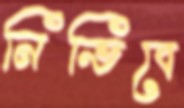
নিভিবে